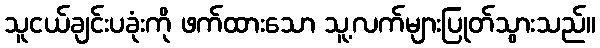
သူငယ်ချင်းပခုံးကို ဖက်ထားသော သူ့လက်များပြုတ်သွားသည်။